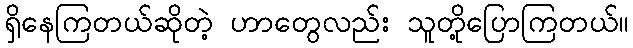
ရှိနေကြတယ်ဆိုတဲ့ ဟာတွေလည်း သူတို့ပြောကြတယ်။